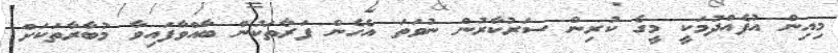
މިއިން އުފެއްދުމަކީ މީގެ ކުރިން ސަރުކާރުން ނުވަތަ އެހެން ފަރާތަކުން ބާއްވާފައިވާ މުބާރާތަކަށް